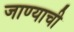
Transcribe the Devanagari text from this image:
जाण्‍याची